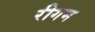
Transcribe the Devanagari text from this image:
रीगम